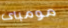
مومباى